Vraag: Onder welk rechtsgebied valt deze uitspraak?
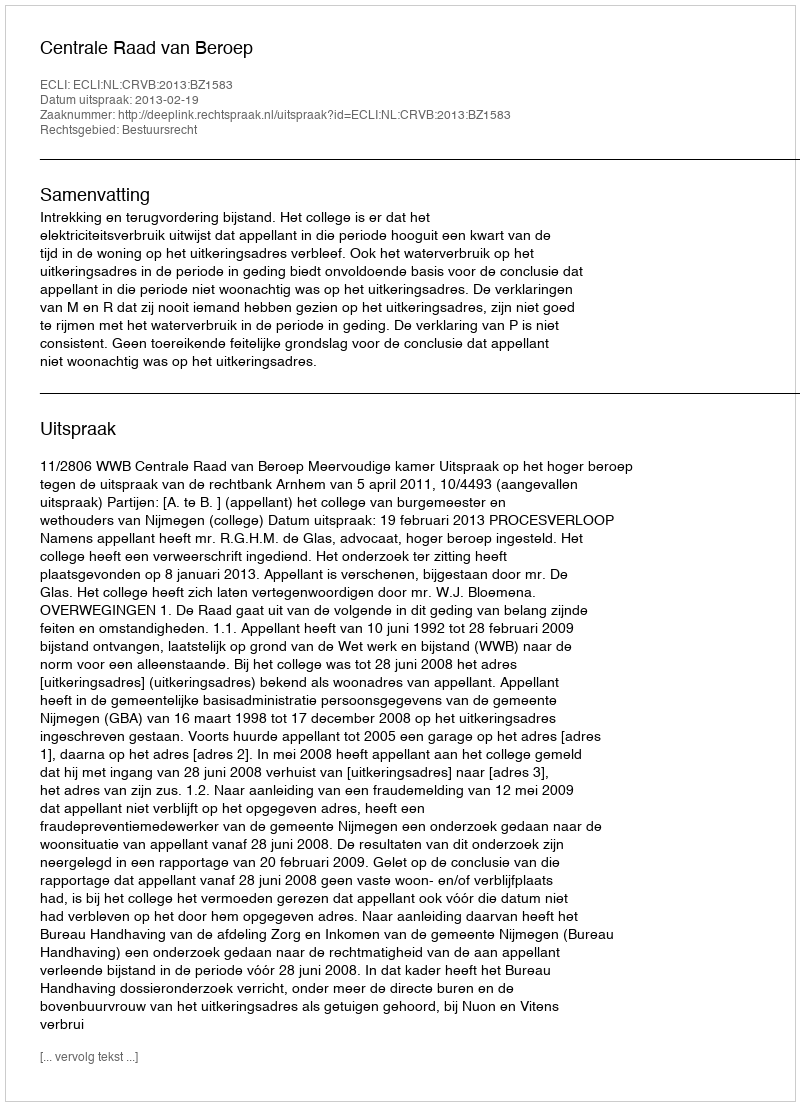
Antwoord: Bestuursrecht